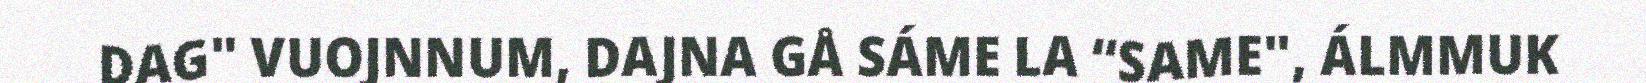
DAG" VUOJNNUM, DAJNA GÅ SÁME LA “SAME", ÁLMMUK